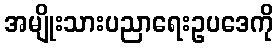
အမျိုးသားပညာရေးဥပဒေကို